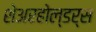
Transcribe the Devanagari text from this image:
शेअरहोल्डर्स